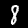
Digit: 8